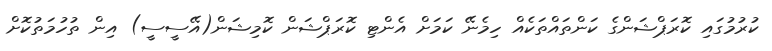
ކުރުމުގައި ކޮރަޕްޝަންގެ ކަންތައްތަކެއް ހިމެނޭ ކަމަށް އެންޓި ކޮރަޕްޝަން ކޮމިޝަން(އޭސީސީ) އިން ތުހުމަތުކޮށް